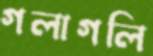
গলাগলি